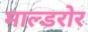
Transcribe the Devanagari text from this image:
माल्डरोर